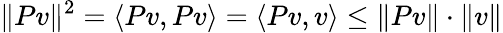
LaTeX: \| Pv\| ^{2}=\langle Pv,Pv\rangle=\langle Pv,v\rangle\leq\| Pv\| \cdot\| v\|